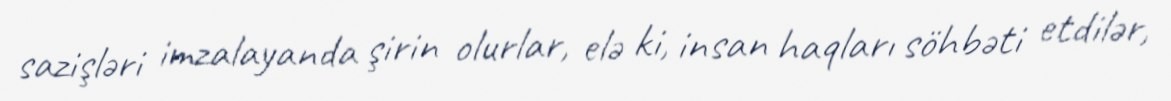
sazişləri imzalayanda şirin olurlar, elə ki, insan haqları söhbəti etdilər,